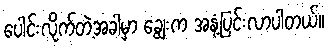
ပေါင်းလိုက်တဲ့အခါမှာ ချွေးက အနံ့ပြင်းလာပါတယ်။